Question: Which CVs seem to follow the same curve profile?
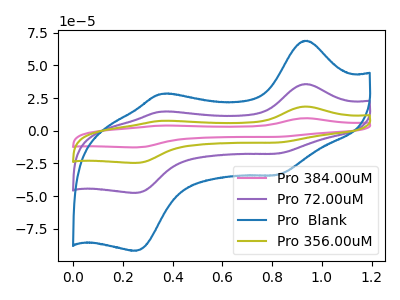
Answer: <think>The pink curve "Pro 384.00uM" has anodic peaks at (0.95V, 107.15uA) (0.35V, 43.85uA) and cathodic peaks at (0.80V, -52.60uA) (0.25V, -142.90uA). The purple curve "Pro 72.00uM" has anodic peaks at (0.95V, 35.70uA) (0.35V, 14.60uA) and cathodic peaks at (0.80V, -17.55uA) (0.25V, -47.65uA). The blue curve "Pro  Blank" has anodic peaks at (0.95V, 68.95uA) (0.35V, 28.20uA) and cathodic peaks at (0.80V, -33.85uA) (0.25V, -91.95uA). The olive curve "Pro 356.00uM" has anodic peaks at (0.95V, 71.45uA) (0.35V, 29.25uA) and cathodic peaks at (0.80V, -35.10uA) (0.25V, -95.25uA).
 All the peaks in "Pro 384.00uM" have a peak in "Pro 72.00uM" at the same potential. Every peak in "Pro 384.00uM" is higher than every peak in "Pro 72.00uM". All the peaks in "Pro 384.00uM" have a peak in "Pro  Blank" at the same potential. Every peak in "Pro 384.00uM" is higher than every peak in "Pro  Blank". All the peaks in "Pro 384.00uM" have a peak in "Pro 356.00uM" at the same potential. Every peak in "Pro 384.00uM" is higher than every peak in "Pro 356.00uM". All the peaks in "Pro 72.00uM" have a peak in "Pro  Blank" at the same potential. Every peak in "Pro 72.00uM" is lower than every peak in "Pro  Blank". All the peaks in "Pro 72.00uM" have a peak in "Pro 356.00uM" at the same potential. Every peak in "Pro 72.00uM" is lower than every peak in "Pro 356.00uM". All the peaks in "Pro  Blank" have a peak in "Pro 356.00uM" at the same potential. Every peak in "Pro  Blank" is lower than every peak in "Pro 356.00uM".</think>
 <answer>"Pro  Blank", "Pro 384.00uM", "Pro 72.00uM" and "Pro 356.00uM" have the same shape and are likely CV's of the same chemical.</answer>
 <eval>"Pro  Blank" "Pro 384.00uM" "Pro 72.00uM" "Pro 356.00uM"</eval>